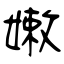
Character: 嫩